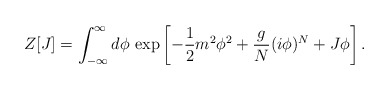
\begin{align*}Z[J]=\int_{-\infty}^{\infty} d\phi\,\exp\left[-{1\over2}m^2\phi^2+{g\over N}(i\phi)^N+J\phi\right].\end{align*}